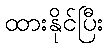
ထားနိုင်ပြီး